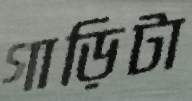
গাড়িটা